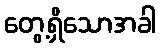
တွေ့ရှိသောအခါ